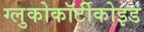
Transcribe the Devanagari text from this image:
ग्लुकोकॉर्टीकोइड